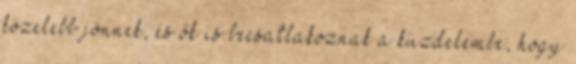
közelebb jönnek, és ők is becsatlakoznak a küzdelembe, hogy